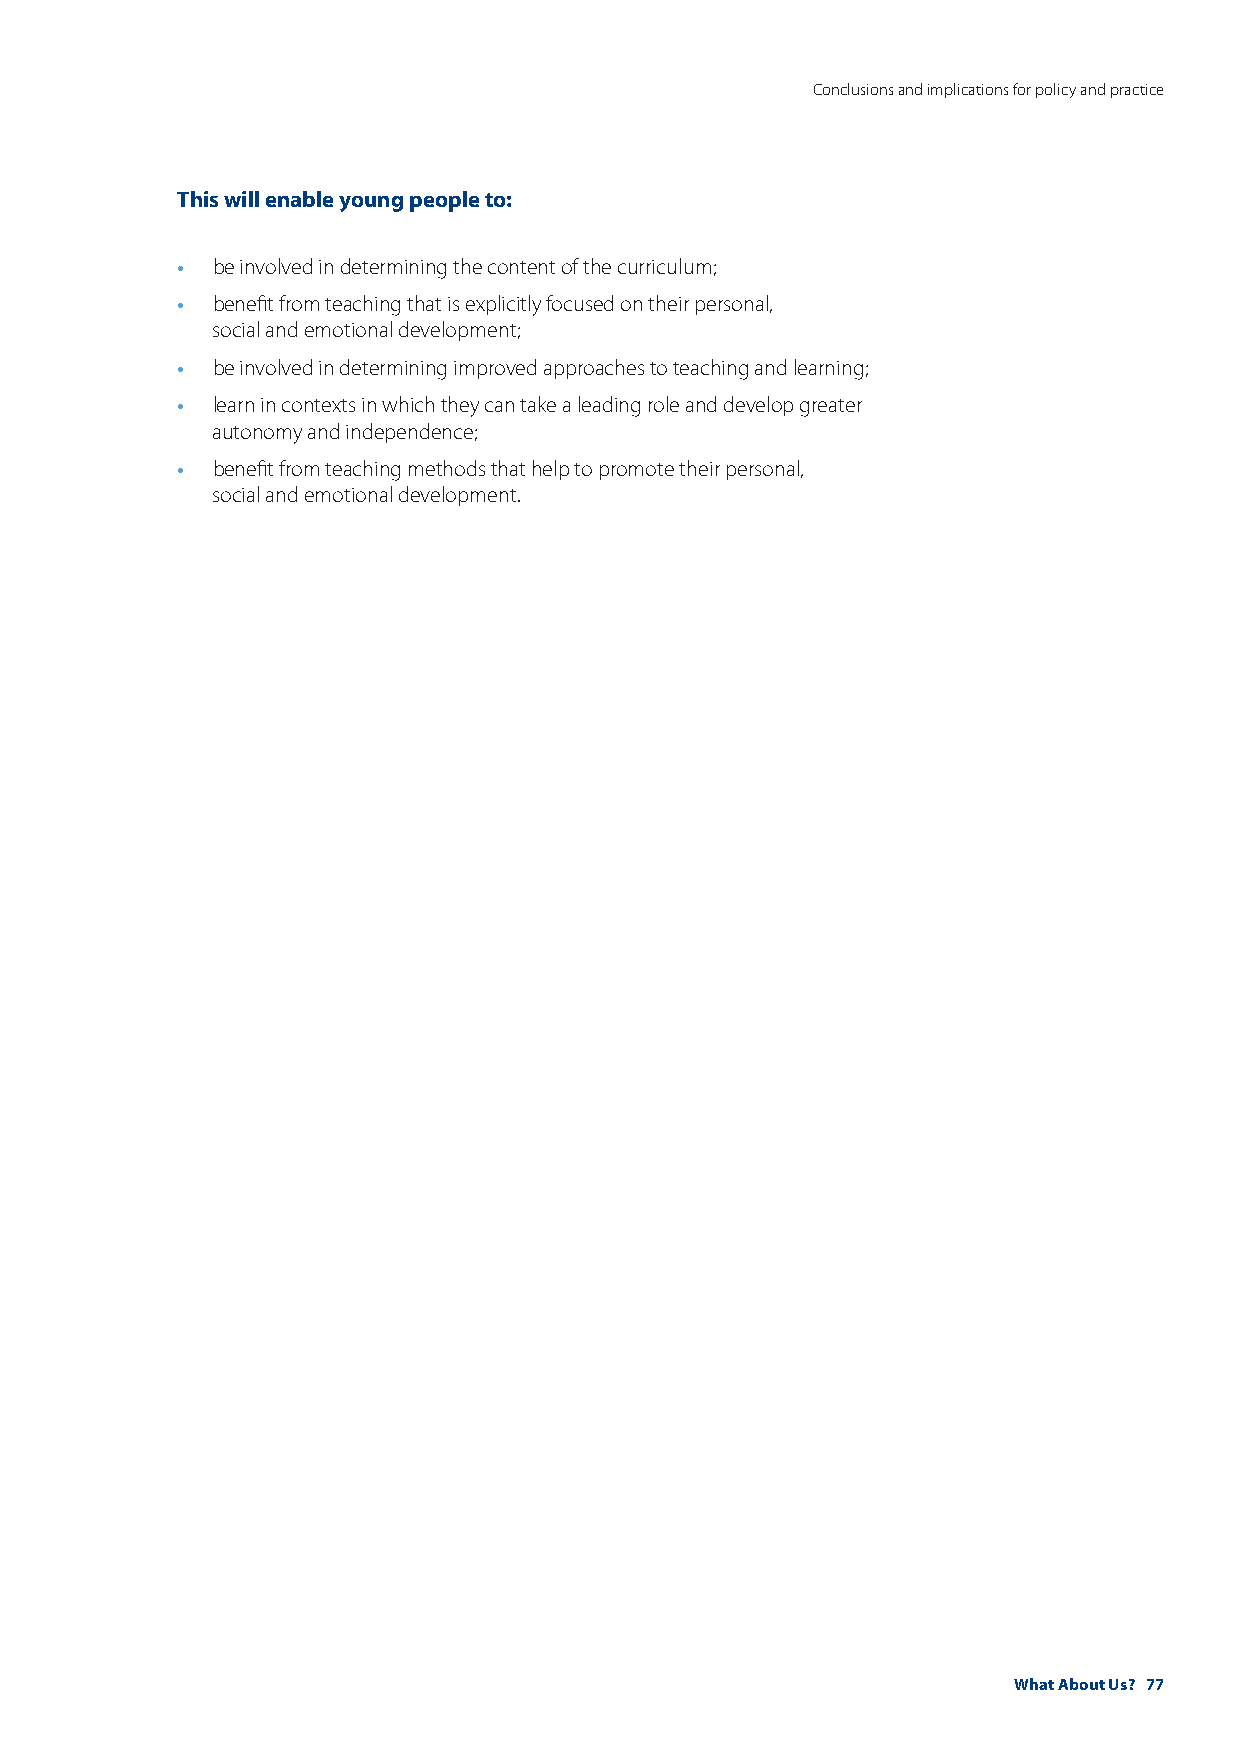
Conclusions and implications for policy and practice
 This will enable young people to:
 •
 be involved in determining the content of the curriculum;
 •
 benefit from teaching that is explicitly focused on their personal,
 social and emotional development;
 •
 be involved in determining improved approaches to teaching and learning;
 •
 learn in contexts in which they can take a leading role and develop greater
 autonomy and independence;
 •
 benefit from teaching methods that help to promote their personal,
 social and emotional development.
 What About Us? 77